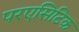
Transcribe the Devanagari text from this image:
परएसिटिक